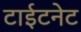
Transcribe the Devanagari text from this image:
टाईटनेट